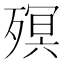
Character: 𣩆